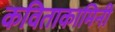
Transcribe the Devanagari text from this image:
कविताकामिनी